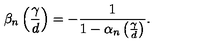
\beta _ { n } \left( \frac { \gamma } { d } \right) = - \frac { 1 } { 1 - \alpha _ { n } \left( \frac { \gamma } { d } \right) } .